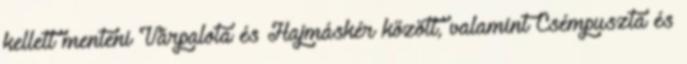
kellett menteni Várpalota és Hajmáskér között, valamint Csémpuszta és